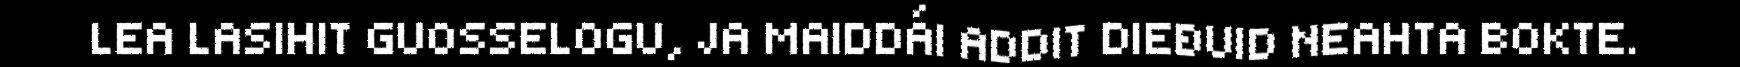
LEA LASIHIT GUOSSELOGU, JA MAIDDÁI ADDIT DIEĐUID NEAHTA BOKTE.